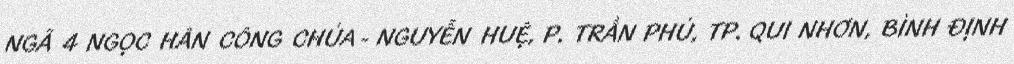
NGÃ 4 NGỌC HÂN CÔNG CHÚA - NGUYỄN HUỆ, P. TRẦN PHÚ, TP. QUI NHƠN, BÌNH ĐỊNH